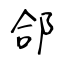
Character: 郃